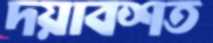
দয়াবশত